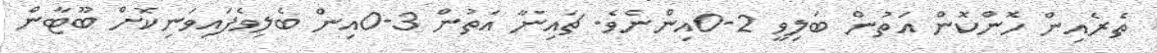
ތެރެއިން ހޮންކޮން އަތުން ބަލިވީ 2-0އިންނެވެ. ޗައިނާ އަތުން 3-0އިން ބެލިވެފައިވަނިކޮށް ބޫޓާން